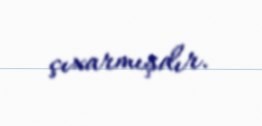
çıxarmışdır.